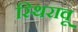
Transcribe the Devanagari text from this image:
स्थिरावू